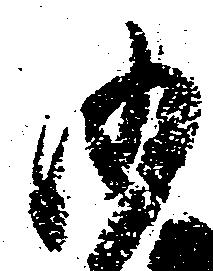
沙